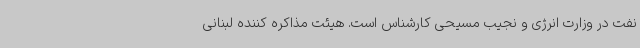
نفت در وزارت انرژی و نجیب مسیحی کارشناس است. هیئت مذاکره کننده لبنانی